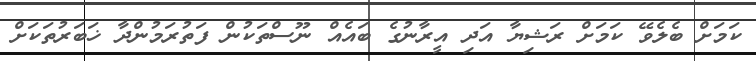
ކަމަށް ބެލެވޭ ކަމަށް ރަޝިޔާ އަދި އީރާނުގެ ބައެއް ނޫސްތަކުން ފަތުރަމުންދާ ޚަބަރުތަކަށް